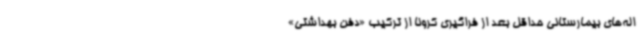
اله‌های بیمارستانی حداقل بعد از فراگیری کرونا از ترکیب «دفن بهداشتی»